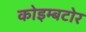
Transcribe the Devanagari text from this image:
कोइम्बटोर